Medical and sanitary report of the native army of Madras for the year
Year: 1878
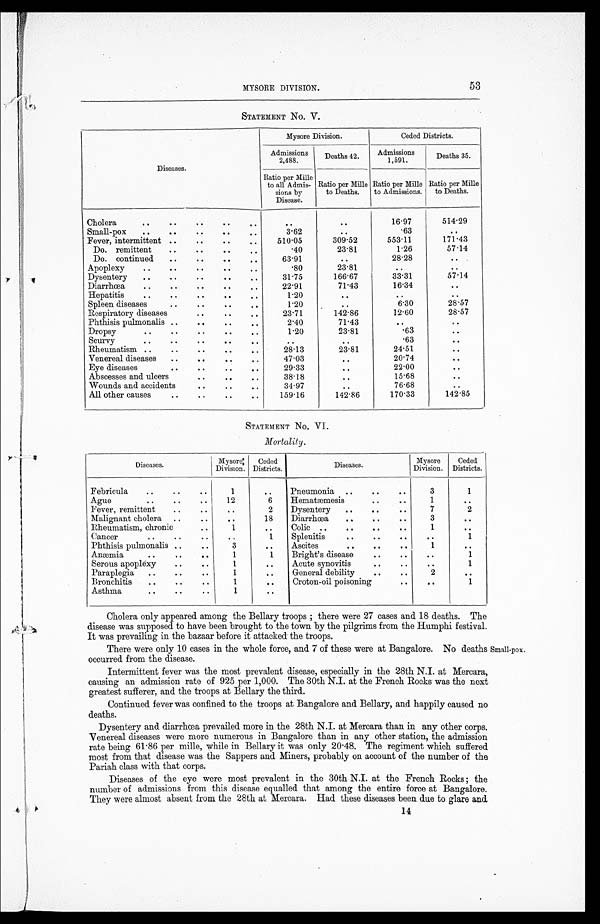
MYSORE DIVISION.
53
STATEMENT No. V.
Diseases.
Mysore Division.
Ceded Districts.
Admissions
2,488.
Deaths 42.
Admissions
1,591.
Deaths 35.
Ratio per Mille
to all Admis-
sions by
Disease.
Ratio per Mille
to Deaths.
Ratio per Mille
to Admissions.
Ratio per Mille
to Deaths.
Cholera
..
. .
. . ..
. .
. .
. .
16.97
514.29
Small-pox ..
. .
. . . .
. .
3.62
. .
.63
. .
Fever, intermittent ..
. . . .
. .
510.05
309.52
553.11
171.43
Do. remittent
..
. . . .
. .
.40
23.81
1.26
57.14
Do. continued ..
. . . .
. .
63.91
..
28.28
. .
Apoplexy
..
..
. . . .
. .
.80
23.81
. .
. .
Dysentery ..
. .
..
. .
. .
31.75
166.67
33.31
57.14
Diarrhœa
..
. .
. . . .
. .
22.91
71.43
16.34
. .
Hepatitis
..
. .
. . . .
. .
1.20
. .
. .
. .
Spleen diseases
..
. . . .
. .
1.20
. .
6.30
28.57
Respiratory diseases
. . ..
. .
23.71
142.86
12.60
28.57
Phthisis pulmonalis ..
. . . .
. .
2.40
71.43
. .
. .
Dropsy
..
. .
. . . .
. .
1.20
23.81
.63
. .
Scurvy ..
. .
. . . .
. .
..
. .
.63
. .
Rheumatism ..
. .
. . ..
. .
28.13
23.81
24.51
. .
Venereal diseases ..
. . . .
. .
47.03
. .
20.74
. .
Eye diseases
. .
. . ..
..
29.33
. .
22.00
. .
Abscesses and ulcers
. . . .
..
38.18
. .
15.68
..
Wounds and accidents
. . . .
. .
3 4 . 9 7
. .
76.68
. .
All other causes
..
. . . .
. .
159.16
142.86
170.33
142.85
STATEMENT NO. VI.
Mortality.
Diseases.
Mysore
Division.
Ceded
Districts.
Diseases.
Mysore
Division.
Ceded
Districts.
Febricula
..
. .
. .
1
. .
Pneumonia ..
. .
..
3
1
Ague ..
. .
. .
12
6
Hematæmesis
..
..
1
. .
Fever, remittent
..
..
..
2
Dysentery ..
. .
. .
7
2
Malignant cholera ..
..
. .
18
Diarrhœa
..
. .
. .
3
. .
Rheumatism, chronic
..
1
..
Colic ..
. .
..
1
. .
Cancer ..
..
..
. .
1 Splenitis
. .
. .
. .
..
1
Phthisis pulmonalis . .
. .
3
..
Ascites
..
. .
. .
1
. .
Anæmia ..
..
. .
1
1
Bright's disease
. .
. .
..
1
Serous apoplexy
. .
..
1
..
Acute synovitis
..
..
..
1
Paraplegia ..
..
..
1
..
General debility
..
. .
2
. .
Bronchitis
..
. .
. .
1
..
Croton-oil poisoning
..
. .
1
Asthma
..
..
..
1
. .
Cholera only appeared among the Bellary troops ; there were 27 cases and 18 deaths. The
disease was supposed to have been brought to the town by the pilgrims from the Humphi festival.
It was prevailing in the bazaar before it attacked the troops.
There were only 10 cases in the whole force, and 7 of these were at Bangalore. No deaths
occurred from the disease.
Small-pox.
Intermittent fever was the most prevalent disease, especially in the 28th N.I. at Mercara,
causing an admission rate of 925 per 1,000. The 30th N.I. at the French Rocks was the next
greatest sufferer, and the troops at Bellary the third.
Continued fever was confined to the troops at Bangalore and Bellary, and happily caused no
deaths.
Dysentery and diarrhœa prevailed more in the 28th N.I. at Mercara than in any other corps.
Venereal diseases were more numerous in Bangalore than in any other station, the admission
rate being 61.86 per mille, while in Bellary it was only 20.48. The regiment which suffered
most from that disease was the Sappers and Miners, probably on account of the number of the
Pariah class with that corps.
Diseases of the eye were most prevalent in the 30th N.I. at the French Rocks ; the
number of admissions from this disease equalled that among the entire force at Bangalore.
They were almost absent from the 28th at Mercara. Had these diseases been due to glare and
14